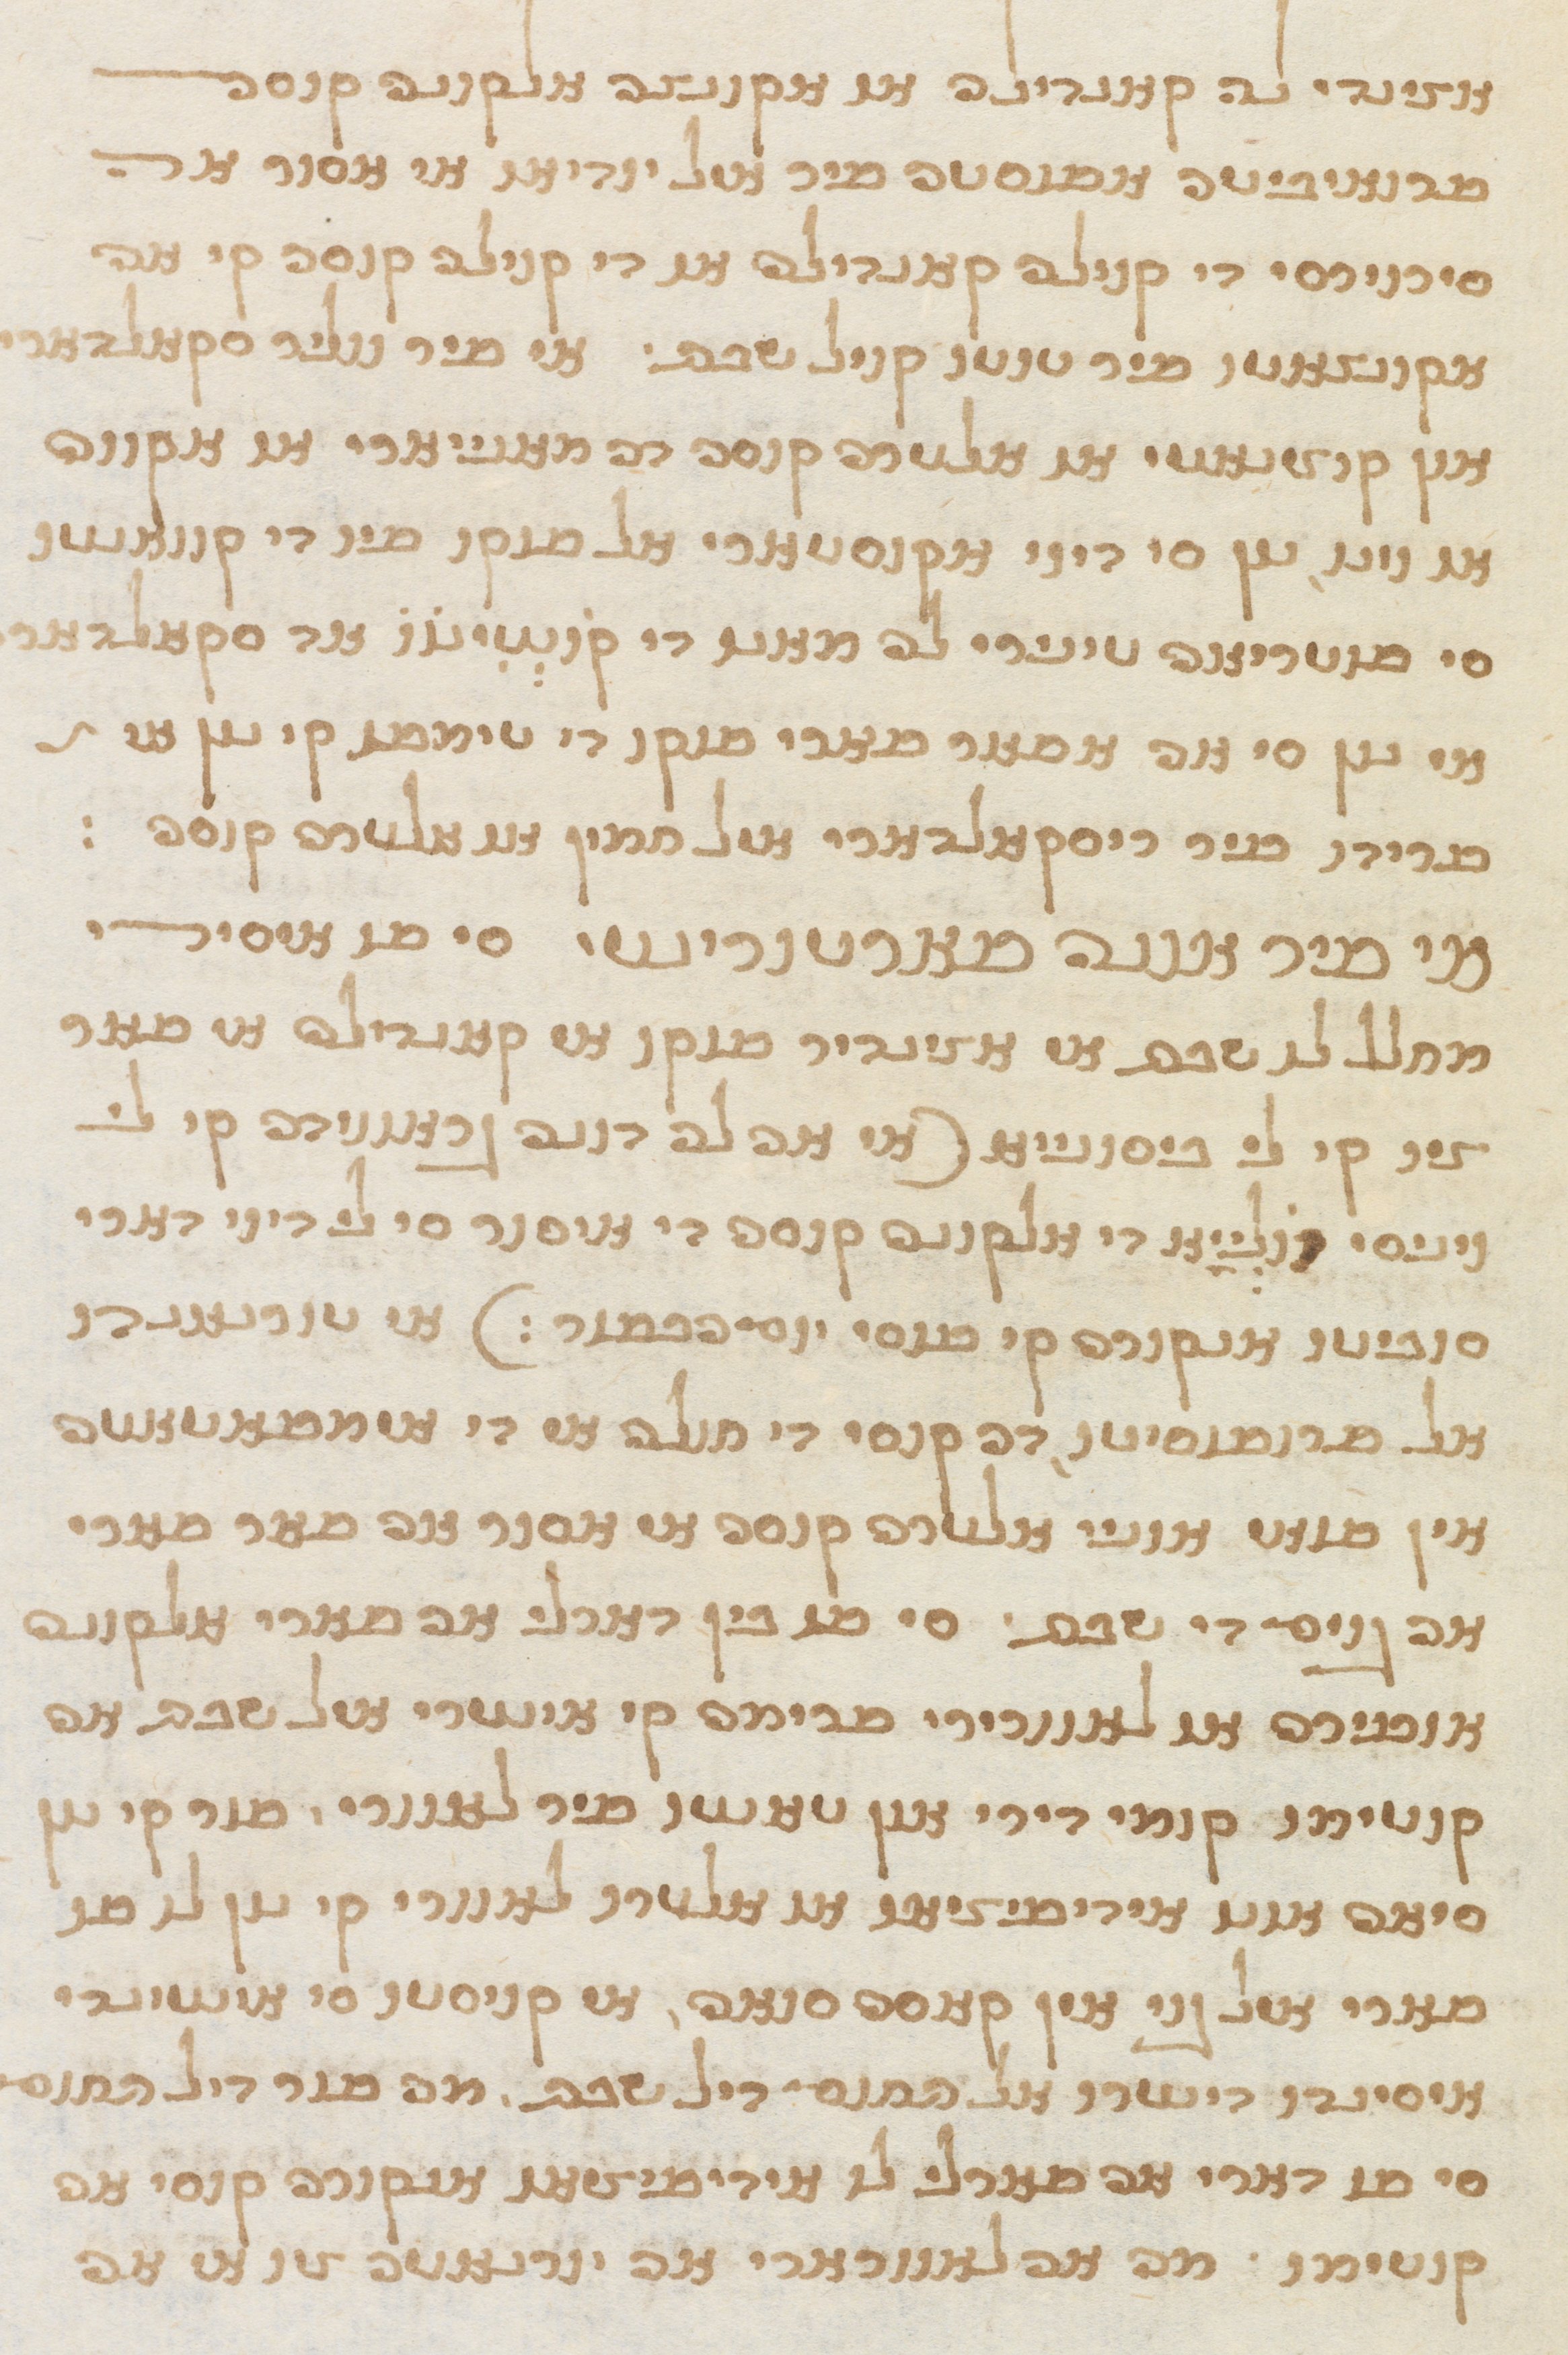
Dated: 1565–1599